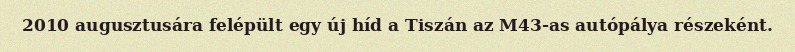
2010 augusztusára felépült egy új híd a Tiszán az M43-as autópálya részeként.